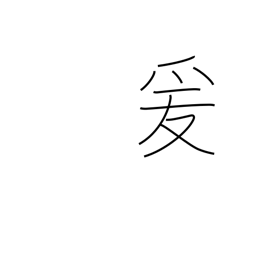
Meaning: lead on to